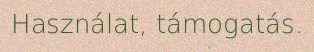
Használat, támogatás.